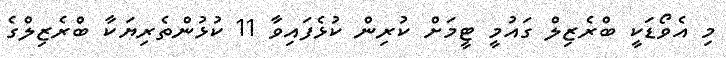
މި އެވޯޑަކީ ބްރެޒިލް ގައުމީ ޓީމަށް ކުރިން ކުޅެފައިވާ 11 ކުޅުންތެރިޔަކާ ބްރެޒިލްގެ